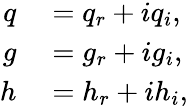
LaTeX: \begin{array}{rl}{q}&{{}=q_{r}+iq_{i},}\\ {g}&{{}=g_{r}+ig_{i},}\\ {h}&{{}=h_{r}+ih_{i},}\end{array}